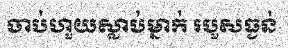
ចាប់ហួយស្លាប់ម្នាក់ របួសធ្ងន់